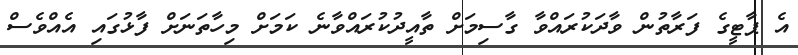
އެ ޕާޓީގެ ފަރާތުން ވާދަކުރައްވާ ގާސިމަށް ތާއީދުކުރައްވާނެ ކަމަށް މިހާތަނަށް ފާޅުގައި އެއްވެސް